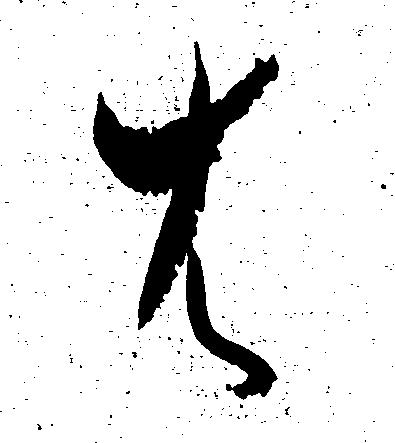
は